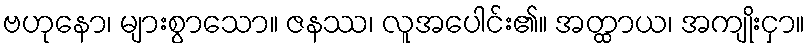
ဗဟုနော၊ များစွာသော။ ဇနဿ၊ လူအပေါင်း၏။ အတ္ထာယ၊ အကျိုးငှာ။